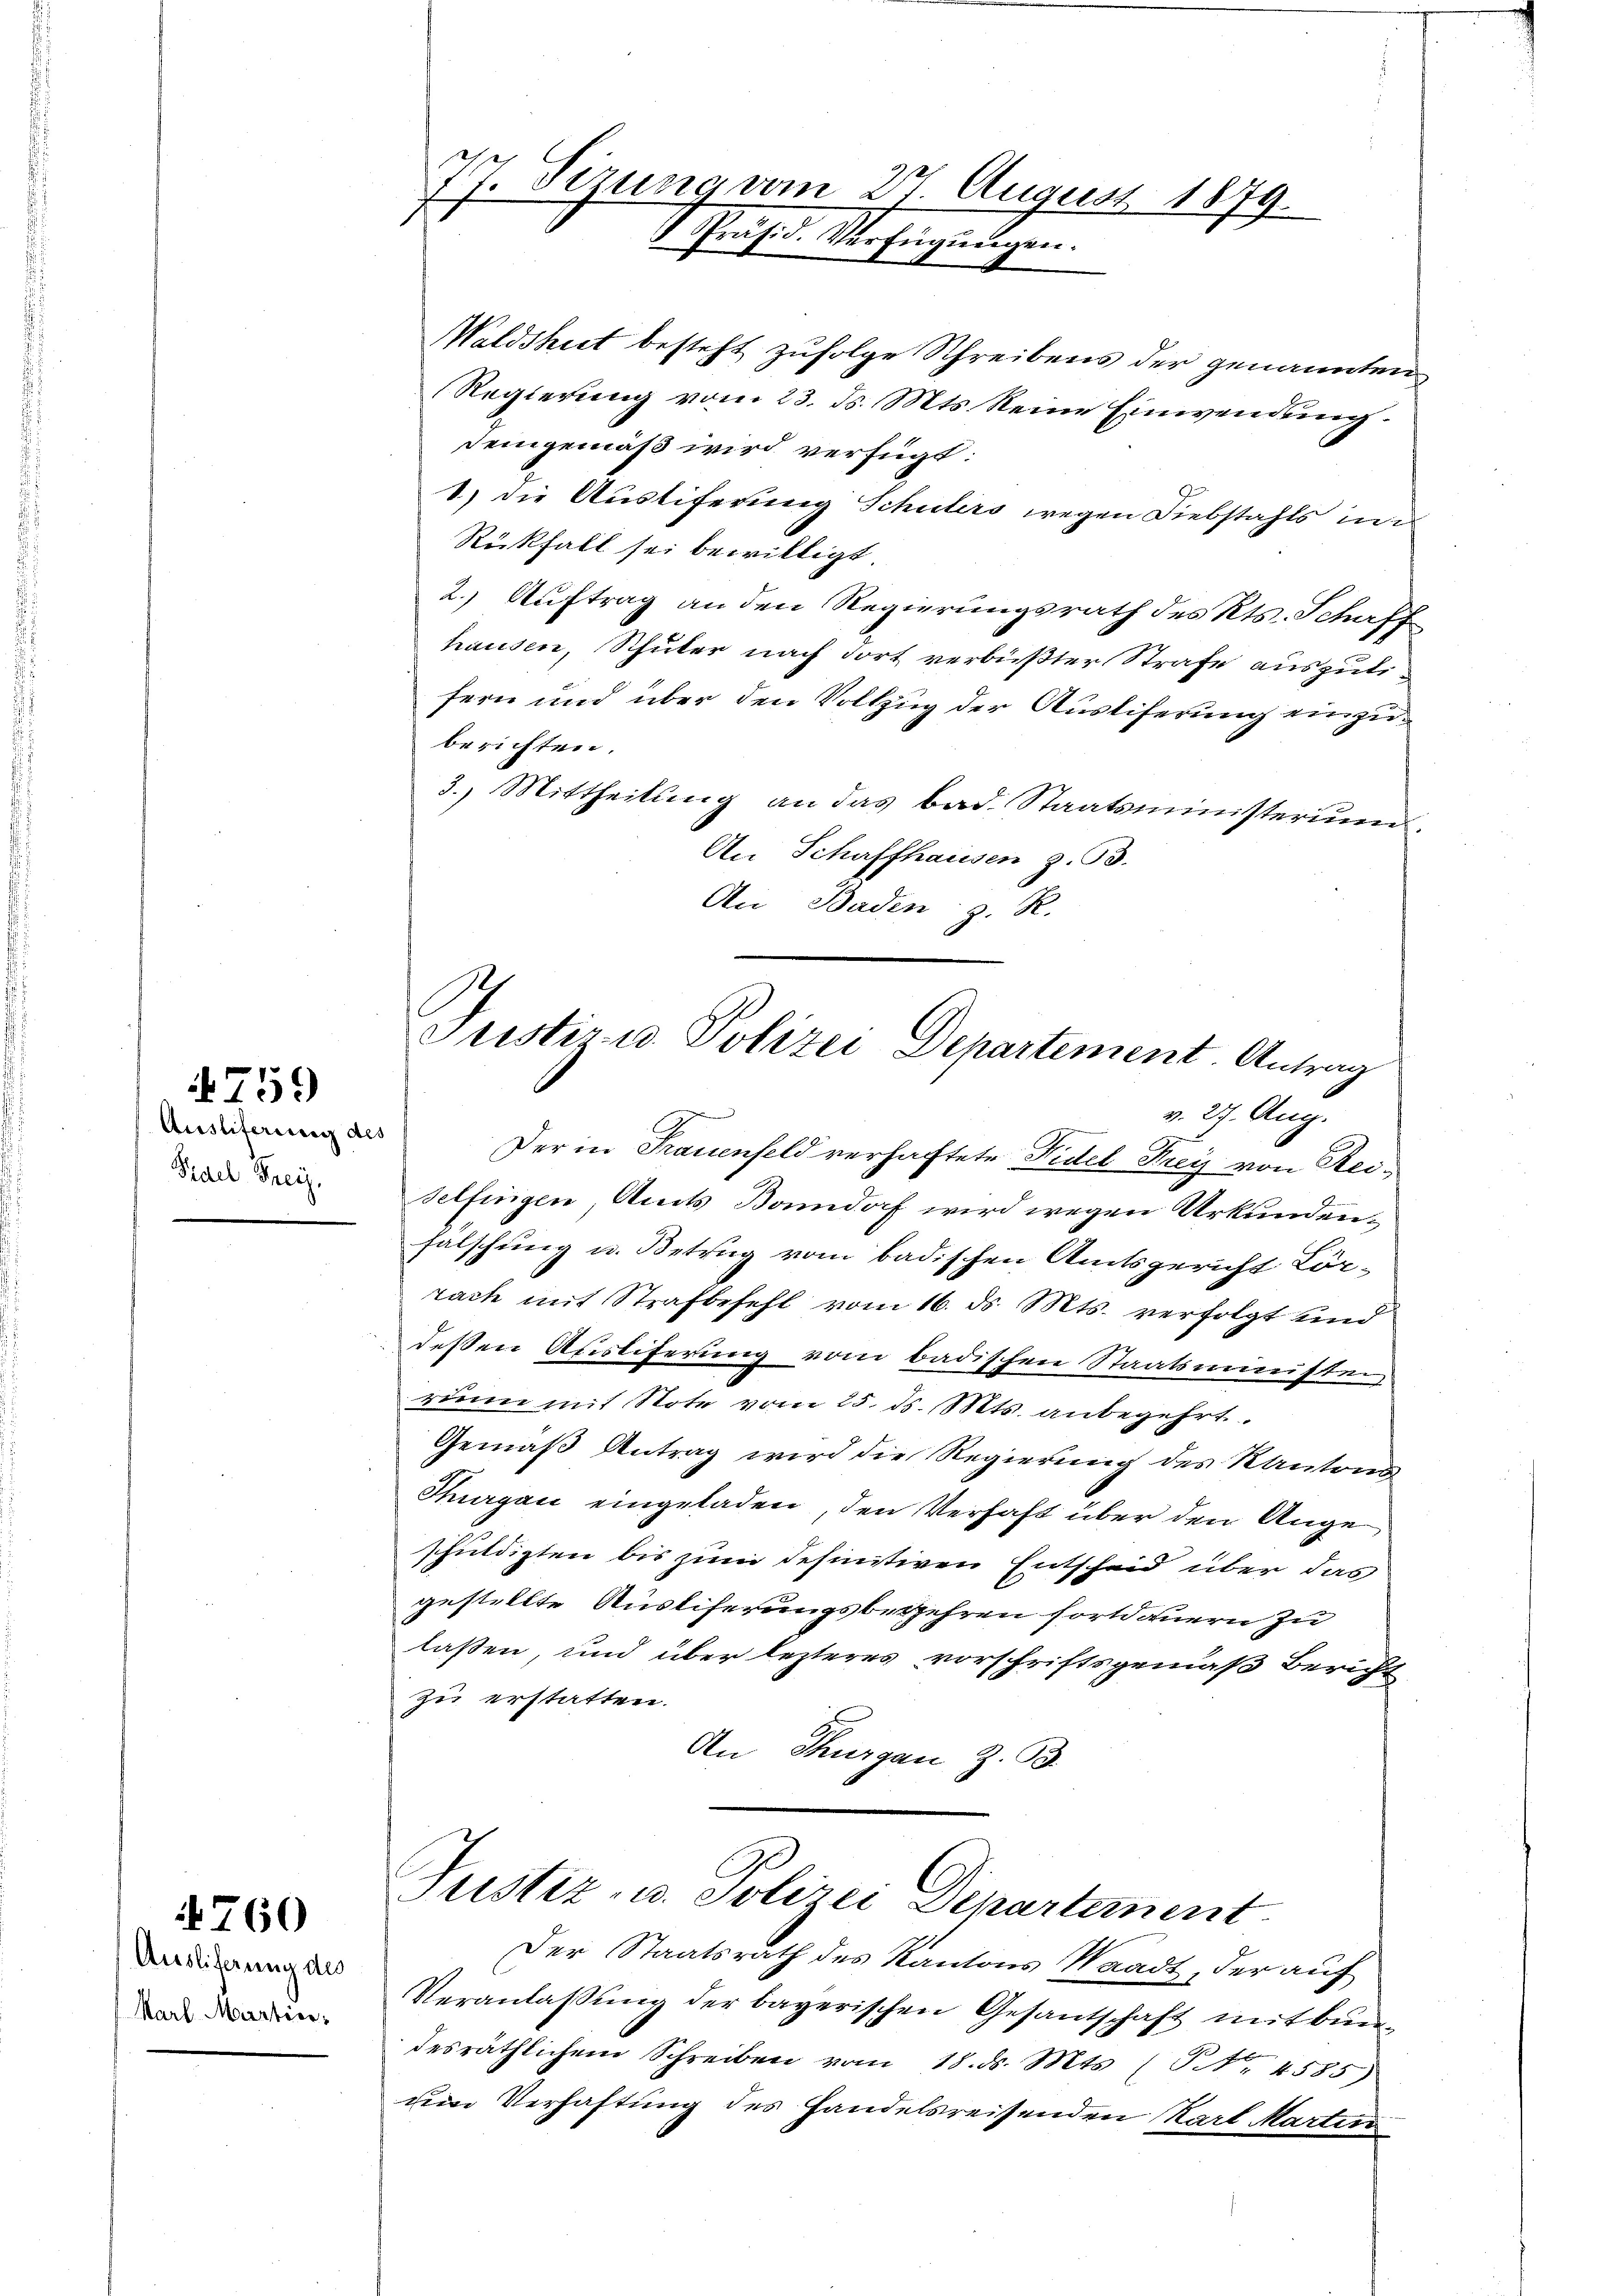
Ausliferung des
Fidel Teig,

759

Auslieferung des
Karl Martier¬

4760

77. Sizung vom 27. August 1879.
Präsid. Verfügungen.

Waldshut besteht zufolge Schreibens der genannten
Regierung vom 23. ds. Mts. Reine Einwendung.
Deingemäß wird verfügt:
1) die Austiferung Schulers wegen Diebstahls in
Rückfall sei bewilligt.
2.) Auftrag an den Regierungsrath des Kts. Schaff
hausen, Schuler nach dort verbüßter Strafe auszulefern und über den Vollzug der Ausliferung einzuberichten.
3.) Mittheilung an das bad. Staatsministerium
An Schaffhausen z. 53.
An Baden z. R.
Der in Frauenfeld verhaftete Fidel Frey von Rei¬
Selfingen, Amts Bonndorf wird wegen Urkundenfälschung u. Betrug vom badischen Amtsgericht Lörrach mit Strafbefehl vom 16. ds. Mts. verfolgt und
deßen Ausliferung vom badischen Staatsministen
rinn mit Stote vom 25. ds. Mts. anbegehrt.
Gemäß Antrag wird die Regierung des Kantons
Thurgau eingeladen, den Verhaft über den Angeschuldigten bis zum definitiven Entscheid über das
gestellte Ausliferungsbegehren fortdauern zu
laßen, und über lezteres vorschriftsgemäß Bericht
zu erstatten.
An Thurgau Z. B.

Justiru Polizei Departement. Antrag
v. 27. Aug.

Justiz- u. Polizei Departement

Der Staatsrath des Kantons Waadt, der auf
Veranlassung der bayerischen Gesantschaft mit bundesräthlichem Schreiben vom 18. ds. Mts. (T NNo. 4585)
um Verhaftung des Handelsreisenden Karl Martin